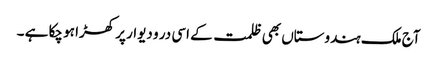
آج ملک ہندوستاں بھی ظلمت کے اسی در و دیوار پر کھڑا ہو چکا ہے ۔